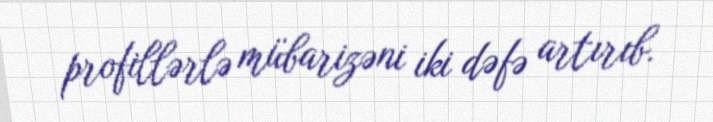
profillərlə mübarizəni iki dəfə artırıb.